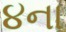
૪ના